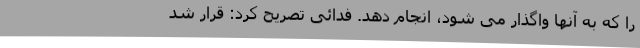
را که به آنها واگذار می شود، انجام دهد. فدائی تصریح کرد: قرار شد